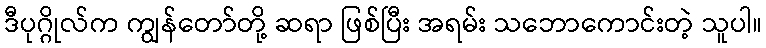
ဒီပုဂ္ဂိုလ်က ကျွန်တော်တို့ ဆရာ ဖြစ်ပြီး အရမ်း သဘောကောင်းတဲ့ သူပါ။